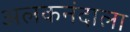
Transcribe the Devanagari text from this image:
अलकनंदाला